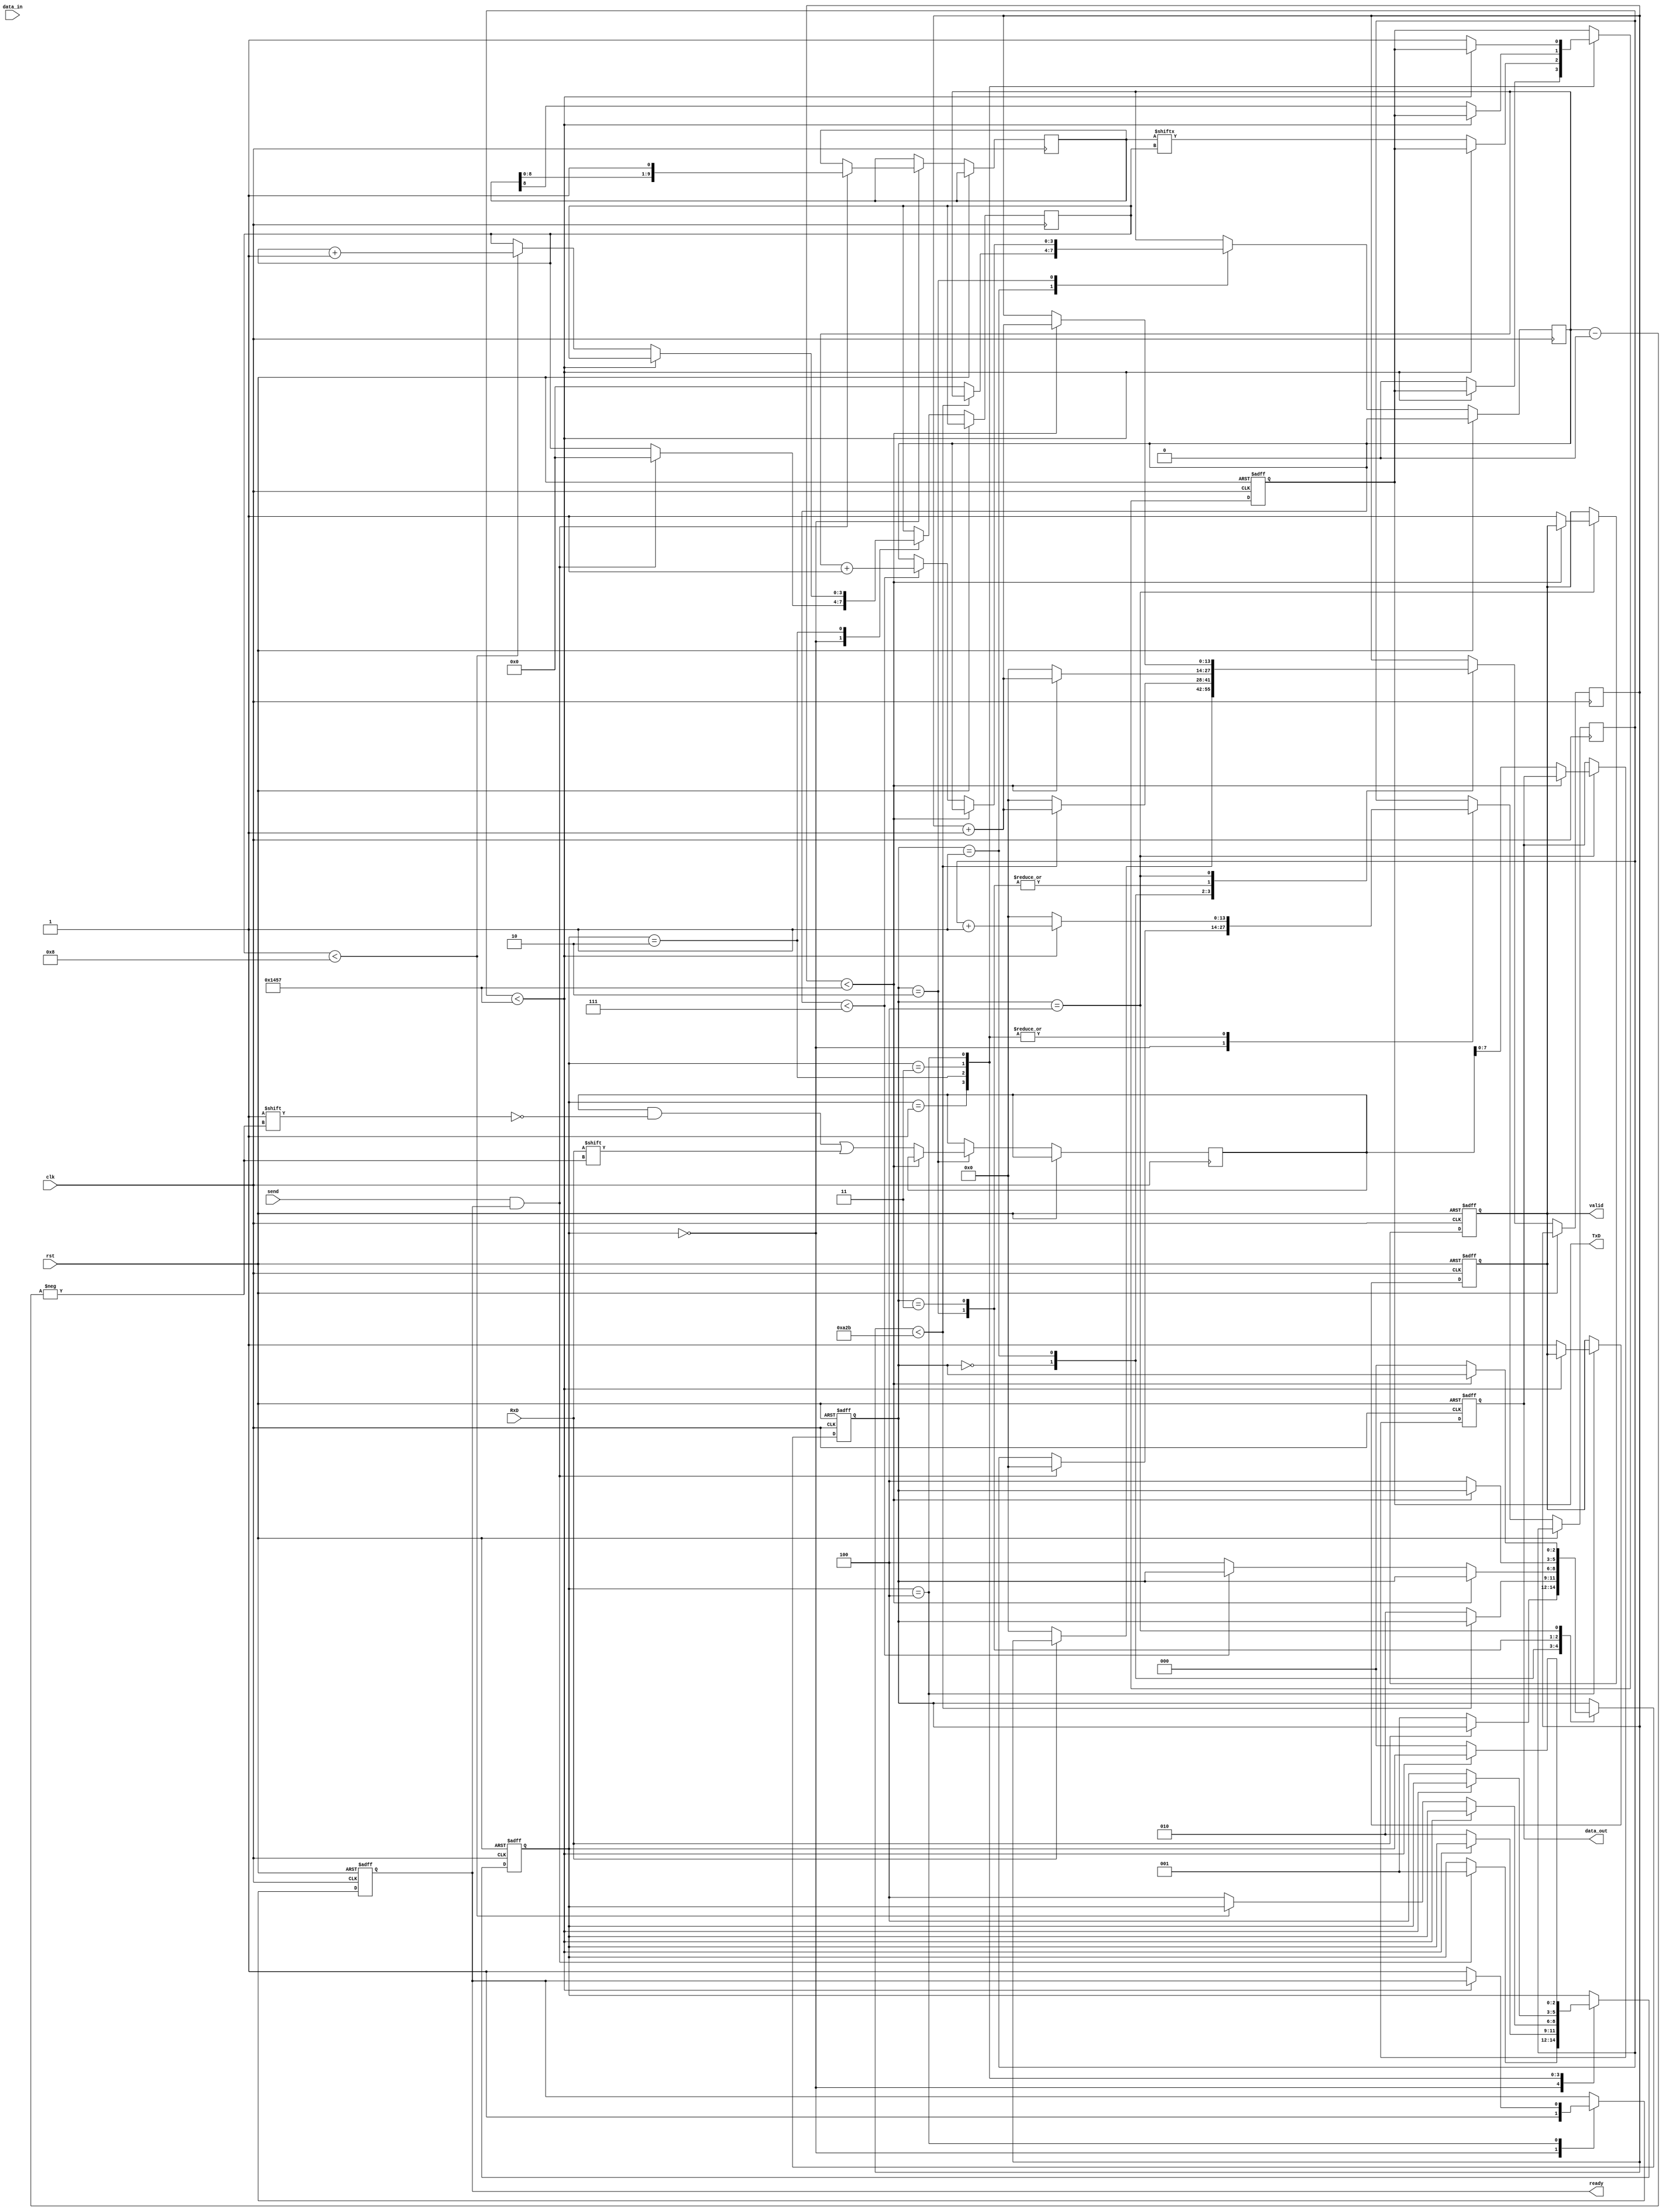
module Parameterized_UART #(
    parameter BAUD_RATE = 9600,
    parameter DATA_BITS = 8,
    parameter STOP_BITS = 1,
    parameter PARITY = "NONE"  // Options: "NONE", "EVEN", "ODD"
)(
    input wire clk,
    input wire rst,
    input wire RxD,
    input wire [DATA_BITS-1:0] data_in,
    input wire send,
    output reg TxD,
    output reg [DATA_BITS-1:0] data_out,
    output reg valid,
    output reg ready
);

// Internal parameters and signals
localparam CLK_FREQ = 50000000;  // Example: System clock frequency
localparam BAUD_GEN_COUNT = CLK_FREQ / BAUD_RATE;

// States for transmitter
localparam TX_IDLE = 3'b000;
localparam TX_START = 3'b001;
localparam TX_DATA = 3'b010;
localparam TX_PARITY = 3'b011;
localparam TX_STOP = 3'b100;

// States for receiver
localparam RX_IDLE = 3'b000;
localparam RX_START = 3'b001;
localparam RX_DATA = 3'b010;
localparam RX_PARITY = 3'b011;
localparam RX_STOP = 3'b100;

// UART transmit logic
reg [2:0] tx_state;
reg [3:0] tx_bit_count;
reg [9:0] tx_shift_reg;  // 1 start + DATA_BITS + 1 parity + STOP_BITS
reg [13:0] tx_baud_count;

always @(posedge clk or posedge rst) begin
    if (rst) begin
        tx_state <= TX_IDLE;
        TxD <= 1'b1; // Idle state for TxD is high
        valid <= 1'b0;
        ready <= 1'b1;
    end else begin
        case (tx_state)
            TX_IDLE: begin
                ready <= 1'b1;
                if (send && ready) begin
                    tx_shift_reg <= {1'b1, data_in, 1'b0}; // Start bit + Data
                    if (PARITY == "EVEN") begin
                        // Calculate even parity
                        tx_shift_reg[DATA_BITS] <= ^data_in;
                    end else if (PARITY == "ODD") begin
                        // Calculate odd parity
                        tx_shift_reg[DATA_BITS] <= ~(^data_in);
                    end else begin
                        tx_shift_reg[DATA_BITS] <= 1'b0; // No parity
                    end
                    if (STOP_BITS == 1) begin
                        tx_shift_reg <= {tx_shift_reg, 1'b1}; // Add stop bit
                    end else if (STOP_BITS == 2) begin
                        tx_shift_reg <= {tx_shift_reg, 1'b1, 1'b1}; // Add two stop bits
                    end
                    tx_bit_count <= 10'd0;
                    tx_baud_count <= 14'd0;
                    tx_state <= TX_START;
                end
            end
            TX_START: begin
                if (tx_baud_count < BAUD_GEN_COUNT - 1) begin
                    tx_baud_count <= tx_baud_count + 1'b1;
                end else begin
                    tx_baud_count <= 14'd0;
                    TxD <= 1'b0; // Send start bit
                    tx_state <= TX_DATA;
                end
            end
            TX_DATA: begin
                if (tx_baud_count < BAUD_GEN_COUNT - 1) begin
                    tx_baud_count <= tx_baud_count + 1'b1;
                end else begin
                    tx_baud_count <= 14'd0;
                    TxD <= tx_shift_reg[tx_bit_count]; // Send data bit
                    if (tx_bit_count < DATA_BITS) begin
                        tx_bit_count <= tx_bit_count + 1'b1;
                    end else begin
                        tx_state <= (PARITY != "NONE") ? TX_PARITY : TX_STOP; // Check for parity
                    end
                end
            end
            TX_PARITY: begin
                if (tx_baud_count < BAUD_GEN_COUNT - 1) begin
                    tx_baud_count <= tx_baud_count + 1'b1;
                end else begin
                    tx_baud_count <= 14'd0;
                    TxD <= tx_shift_reg[DATA_BITS]; // Send parity bit
                    tx_state <= TX_STOP;
                end
            end
            TX_STOP: begin
                if (tx_baud_count < BAUD_GEN_COUNT - 1) begin
                    tx_baud_count <= tx_baud_count + 1'b1;
                end else begin
                    tx_baud_count <= 14'd0;
                    TxD <= 1'b1; // Stop bit
                    tx_state <= TX_IDLE;
                    valid <= 1'b1; // Indicate that data was sent
                    ready <= 1'b1; // Ready for new data
                end
            end
        endcase
    end
end

// UART receive logic
reg [2:0] rx_state;
reg [3:0] rx_bit_count;
reg [9:0] rx_shift_reg;
reg [13:0] rx_baud_count;
reg rx_ready;

always @(posedge clk or posedge rst) begin
    if (rst) begin
        rx_state <= RX_IDLE;
        valid <= 1'b0;
        data_out <= 0;
        rx_ready <= 1'b1;
    end else begin
        case (rx_state)
            RX_IDLE: begin
                if (!RxD) begin // Detect start bit
                    rx_baud_count <= 14'd0;
                    rx_state <= RX_START;
                end
            end
            RX_START: begin
                if (rx_baud_count < BAUD_GEN_COUNT / 2 - 1) begin
                    rx_baud_count <= rx_baud_count + 1'b1;
                end else begin
                    rx_baud_count <= 14'd0;
                    rx_state <= RX_DATA;
                    rx_bit_count <= 0;
                end
            end
            RX_DATA: begin
                if (rx_baud_count < BAUD_GEN_COUNT - 1) begin
                    rx_baud_count <= rx_baud_count + 1'b1;
                end else begin
                    rx_baud_count <= 14'd0;
                    rx_shift_reg[rx_bit_count] <= RxD; // Sample data bit
                    if (rx_bit_count < DATA_BITS - 1) begin
                        rx_bit_count <= rx_bit_count + 1'b1;
                    end else begin
                        rx_state <= (PARITY != "NONE") ? RX_PARITY : RX_STOP; // Check parity
                    end
                end
            end
            RX_PARITY: begin
                if (rx_baud_count < BAUD_GEN_COUNT - 1) begin
                    rx_baud_count <= rx_baud_count + 1'b1;
                end else begin
                    rx_baud_count <= 14'd0;
                    // Check parity here if needed
                    rx_state <= RX_STOP;
                end
            end
            RX_STOP: begin
                if (rx_baud_count < BAUD_GEN_COUNT - 1) begin
                    rx_baud_count <= rx_baud_count + 1'b1;
                end else begin
                    valid <= 1'b1;
                    data_out <= rx_shift_reg[DATA_BITS-1:0]; // Output received data
                    rx_state <= RX_IDLE; // Back to idle state
                end
            end
        endcase
    end
end

endmodule